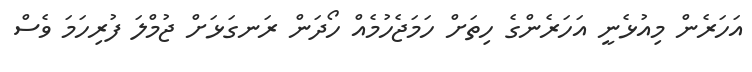
އަހަރެން މިއުޅެނީ އަހަރެންގެ ހިތަށް ހަމަޖެހުމެއް ހޯދަން ރަނގަޅަށް ޖުމްލަ ފުރިހަމަ ވެސް